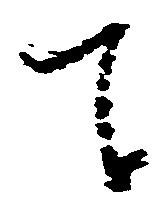
て